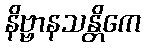
နိဗ္ဗာနသန္တိကေ